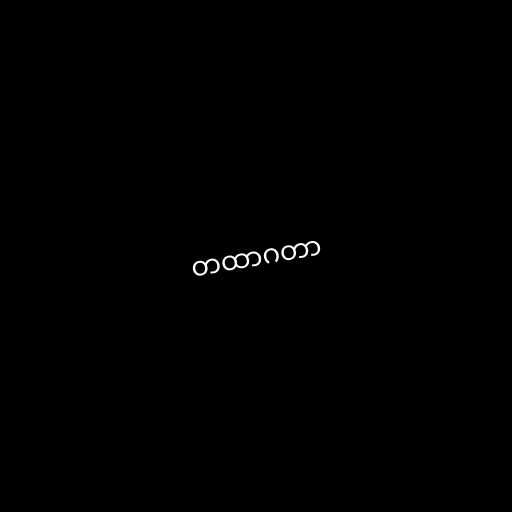
တထာဂတာ